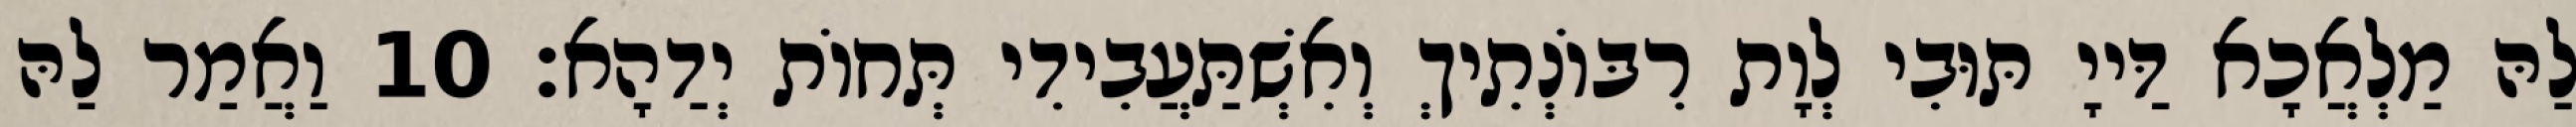
לַהּ מַלְאֲכָא דַּייָ תּוּבִי לְוָת רִבּוֹנְתִיךְ וְאִשְׁתַּעֲבִידִי תְּחוֹת יְדַהָא׃ 10 וַאֲמַר לַהּ